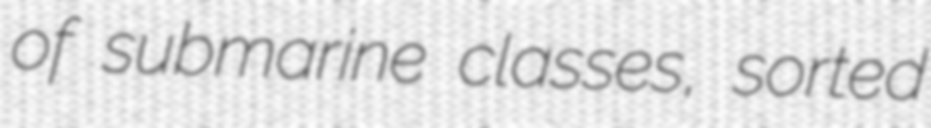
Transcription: of submarine classes, sorted